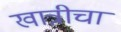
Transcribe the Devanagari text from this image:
खात्रीचा